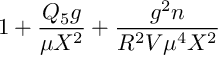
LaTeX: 1 + { \frac { Q _ { 5 } g } { \mu X ^ { 2 } } } + { \frac { g ^ { 2 } n } { R ^ { 2 } V \mu ^ { 4 } X ^ { 2 } } }